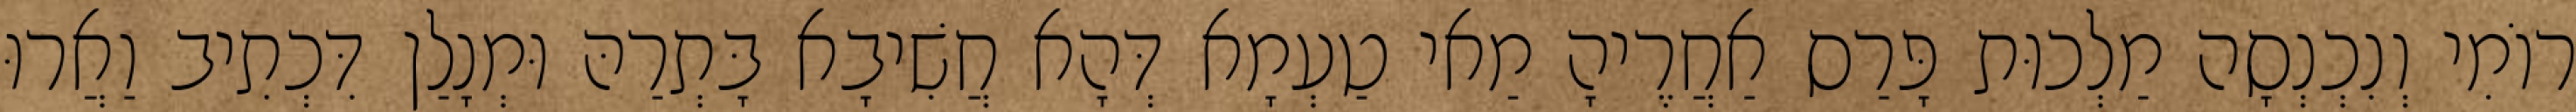
רוֹמִי וְנִכְנְסָה מַלְכוּת פָּרַס אַחֲרֶיהָ מַאי טַעְמָא דְּהָא חֲשִׁיבָא בָּתְרַהּ וּמְנָלַן דִּכְתִיב וַאֲרוּ